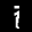
Label: 1